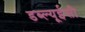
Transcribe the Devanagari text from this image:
डब्ल्यूईसी